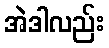
အဲဒါလည်း